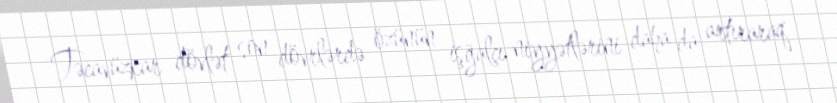
Təcavüzkar dövlət son dövrlərdə özünün işğalçı niyyətlərini daha da artıraraq